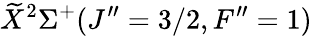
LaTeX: \widetilde{X}^{2}\Sigma^{+}(J^{\prime\prime}=3/2,F^{\prime\prime}=1)